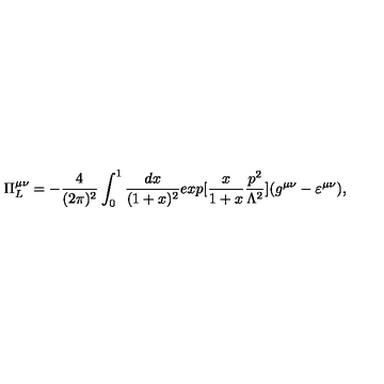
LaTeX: \Pi _ { L } ^ { \mu \nu } = - \frac { 4 } { ( 2 \pi ) ^ { 2 } } \int _ { 0 } ^ { 1 } \frac { d x } { ( 1 + x ) ^ { 2 } } e x p [ \frac { x } { 1 + x } \frac { p ^ { 2 } } { \Lambda ^ { 2 } } ] ( g ^ { \mu \nu } - \varepsilon ^ { \mu \nu } ) ,